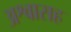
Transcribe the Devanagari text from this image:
अश्वासह